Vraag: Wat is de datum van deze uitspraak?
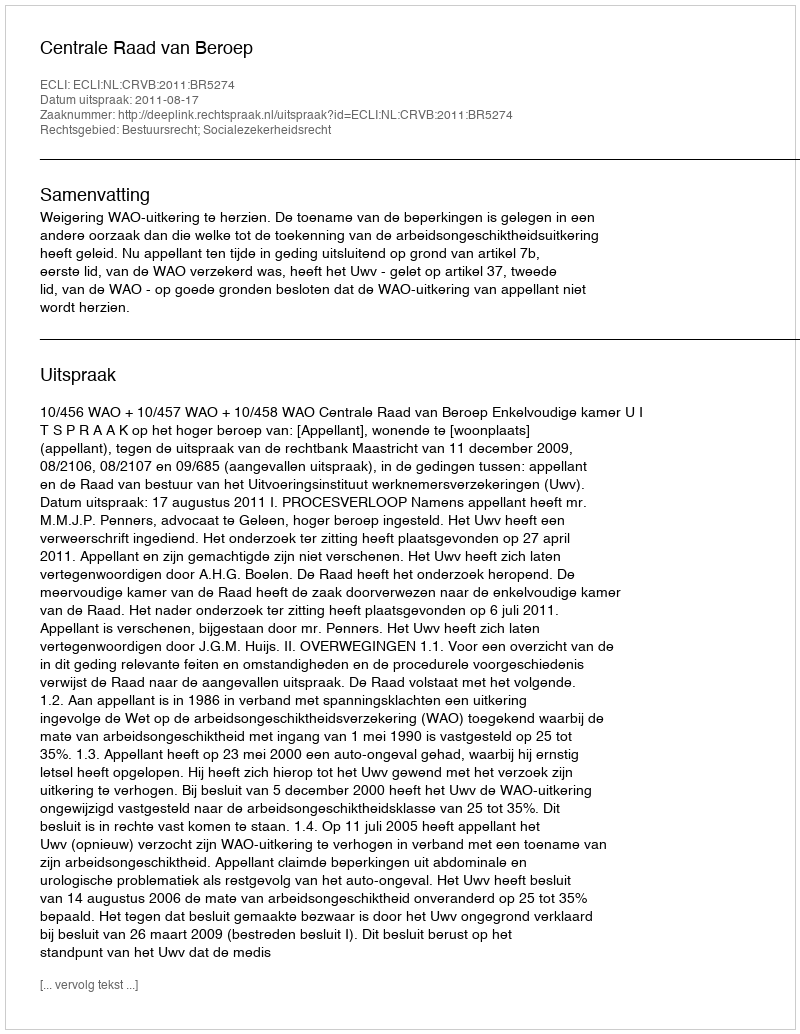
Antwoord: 2011-08-17